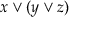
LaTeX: x \vee ( y \vee z )